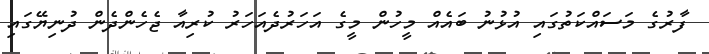
ފާރުގެ މަސައްކަތުގައި އުޅުނު ބައެއް މީހުން މީގެ އަހަރުދެއަހަރު ކުރިއާ ޖެހެންދެން ދުނިޔޭގައި